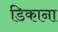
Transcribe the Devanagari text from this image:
डिकाना